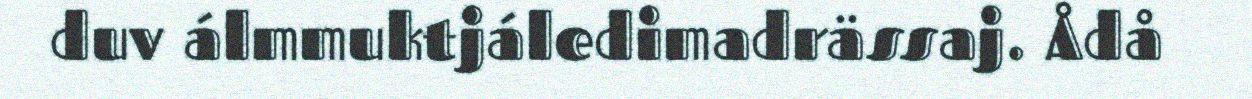
duv álmmuktjáledimadrässaj. Ådå